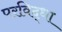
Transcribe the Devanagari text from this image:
परविद्धा